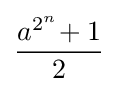
{\frac {a^{2^{n}}\!+1}{2}}